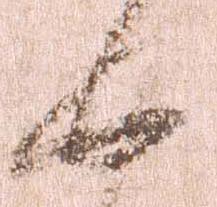
如